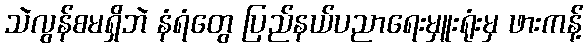
သဲလွန်စမရှိဘဲ နံရံတွေ ပြည်နယ်ပညာရေးမှူးရုံးမှ ဖားကန့်